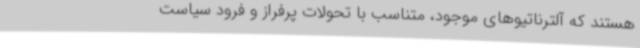
هستند که آلترناتیوهای موجود، متناسب با تحولات پرفراز و فرود سیاست